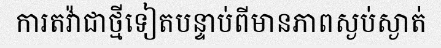
ការតវ៉ាជាថ្មីទៀតបន្ទាប់ពីមានភាពស្ងប់ស្ងាត់